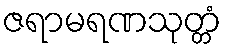
ဇရာမရဏသုတ္တံ